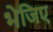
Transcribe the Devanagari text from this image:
भेजिए